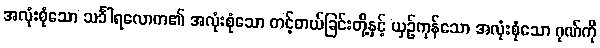
အလုံးစုံသော သင်္ခါရလောက၏ အလုံးစုံသော တင့်တယ်ခြင်းတို့နှင့် ယှဉ်ကုန်သော အလုံးစုံသော ဂုဏ်ကို